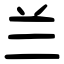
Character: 兰